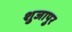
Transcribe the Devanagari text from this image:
शुजापुर